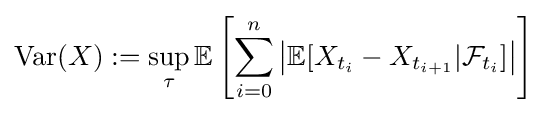
\operatorname {Var} (X):=\sup \limits _{\tau }\mathbb {E} \left[\sum \limits _{i=0}^{n}\left|\mathbb {E} [X_{t_{i}}-X_{t_{i+1}}|{\mathcal {F}}_{t_{i}}]\right|\right]